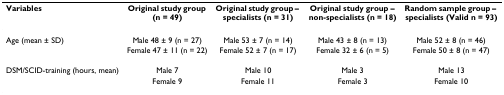
| Variables | Original study group (n = 49) | Original study group – specialists (n = 31) | Original study group – non-specialists (n = 18) | Random sample group – specialists (Valid n = 93) |
 | --- | --- | --- | --- | --- |
 | Age (mean ± SD) | Male 48 ± 9 (n = 27) | Male 53 ± 7 (n = 14) | Male 43 ± 8 (n = 13) | Male 52 ± 8 (n = 46) |
 |  | Female 47 ± 11 (n = 22) | Female 52 ± 7 (n = 17) | Female 32 ± 6 (n = 5) | Female 50 ± 8 (n = 47) |
 | DSM/SCID-training (hours, mean) | Male 7 | Male 10 | Male 3 | Male 13 |
 |  | Female 9 | Female 11 | Female 3 | Female 10 |